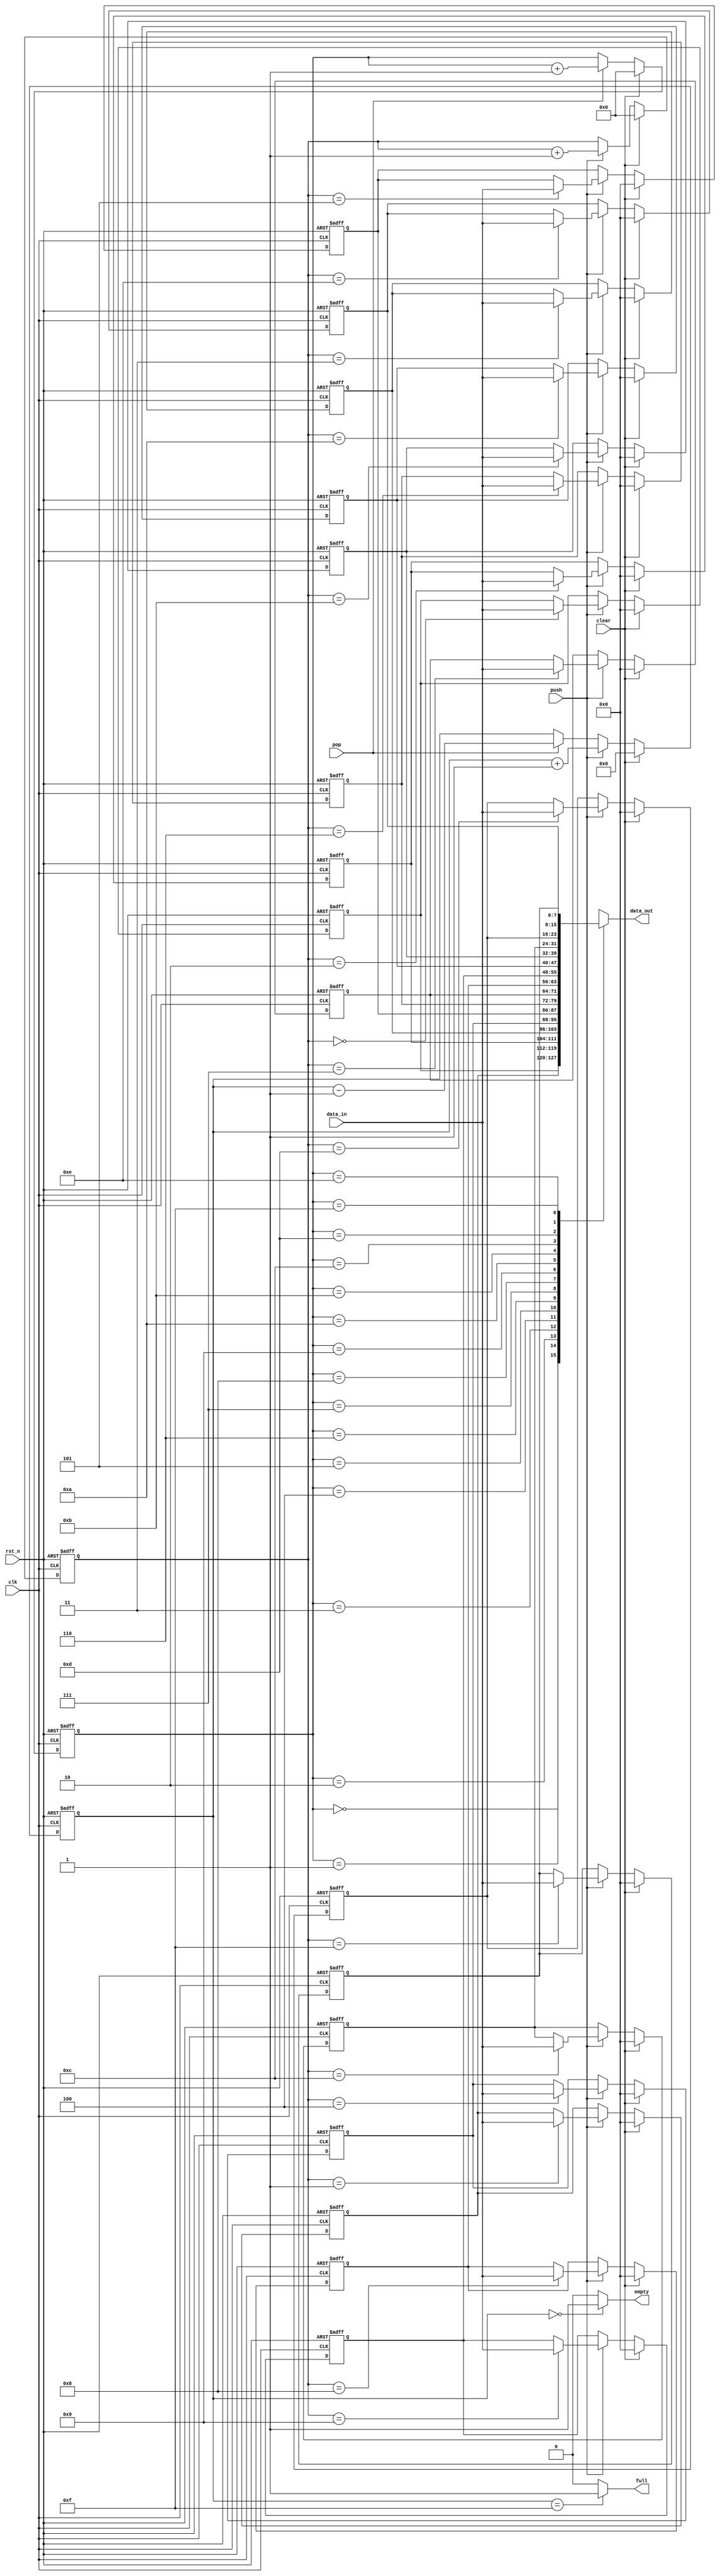
//-------------------------------------------------------------------------
// Design     : sync_fifo
// Descrition : Synchronous FIFO
// Revision   : 1.0
//-------------------------------------------------------------------------

module sync_fifo
#(
  parameter DATA_WIDTH = 8, // data's width
  parameter ADDR_WIDTH = 4,// depth of fifo
  parameter OUTPUT_REG = 1  // output register
)
(
  input   clk,                       // systems's clock
  input   rst_n,                     // systems's reset, low active
  input   clear,                     // clear signal for FIFO
  input   push,                      // push
  input   pop,                       // pop
  input   [DATA_WIDTH-1:0] data_in,  // input data
  output  [DATA_WIDTH-1:0] data_out, // output data
  output  empty,                     // empty signal
  output  full                       // full signal
);
  // Declares parameters
  //parameter ADDR_WIDTH = $clog2(FIFO_DEPTH); // Error: no clog2
  parameter FIFO_DEPTH = 2**ADDR_WIDTH;
  // Declares wires and registers
  reg [ADDR_WIDTH-1:0] wr_pointer;
  reg [ADDR_WIDTH-1:0] rd_pointer;
  reg [ADDR_WIDTH:0]   status_cnt;
  reg [DATA_WIDTH-1:0] data_push_in;
  reg [DATA_WIDTH-1:0] data_pop_out;

  reg [DATA_WIDTH-1:0] ram [FIFO_DEPTH-1:0];

  // assign signals
  assign full = (status_cnt == FIFO_DEPTH-1)? 1:0;
  assign empty = (status_cnt == 0)? 1:0;
  //

  // write pointer
  always @ (posedge clk or negedge rst_n)
  begin : WRITE_POINTER
    if (! rst_n)
      wr_pointer <= 'b0;
    else begin
      if (clear)
        wr_pointer <= 'b0;
      else if (push)
        wr_pointer <= wr_pointer + 1;
    end
  end

  // read pointer
  always @ (posedge clk or negedge rst_n)
  begin : READ_POINTER
    if (!rst_n)
      rd_pointer <= 'b0;
    else begin
      if (clear)
        rd_pointer <= 'b0;
      else if (pop)
        rd_pointer <= rd_pointer  + 1;
    end
  end

  // status counter
  always @ (posedge clk or negedge rst_n)
  begin: STATUS_COUNTER
    if (!rst_n)
      status_cnt <= 0;
    else begin
      if (clear)
        status_cnt <= 0;
      else if (push)
        status_cnt <=  status_cnt +1;
      else if (pop)
        status_cnt <= status_cnt -1;
    end
  end

  // data storage
  integer i;
  always @ (posedge clk or negedge rst_n)

  begin: DATA_STORAGE
    if (!rst_n) begin
      for (i = 0; i < FIFO_DEPTH; i = i +1) ram[i] <= 0;
    end else begin
      if (clear) begin
        for (i = 0; i < FIFO_DEPTH; i = i +1) ram[i] <= 0;
      end else if (push)
        ram[wr_pointer] <= data_in;
    end
  end
  // read out non regs
  assign data_out = ram[rd_pointer];

endmodule